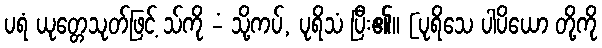
ပရံ ယုတ္တေသုတ်ဖြင့် သ်ကို -ံ သို့ကပ်, ပုရိသံ ပြီး၏။ [ပုရိသေ ပါပိယော တို့ကို